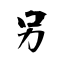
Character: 另